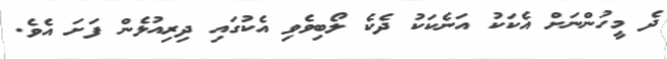
ދެ މީހުންނަށް އެކަކު އަނެކަކު ދެކެ ލޯބިވެވި އެކުގައި ދިރިއުޅެން ފަށަ އެވެ.